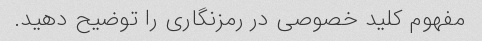
مفهوم کلید خصوصی در رمزنگاری را توضیح دهید.